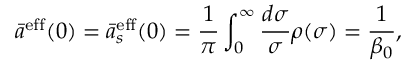
\bar { a } ^ { \mathrm { e f f } } ( 0 ) = \bar { a } _ { s } ^ { \mathrm { e f f } } ( 0 ) = \frac { 1 } { \pi } \int _ { 0 } ^ { \infty } \frac { d \sigma } { \sigma } \rho ( \sigma ) = \frac { 1 } { \beta _ { 0 } } ,